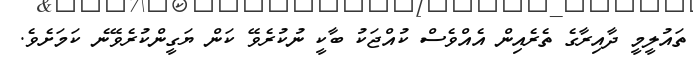
ތައުލީމީ ދާއިރާގެ ތެރެއިން އެއްވެސް ކުއްޖަކު ބާކީ ނުކުރެވޭ ކަން ޔަގީންކުރެވޭނެ ކަމަށެވެ.